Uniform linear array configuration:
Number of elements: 24
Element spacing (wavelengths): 0.5
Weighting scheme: kaiser
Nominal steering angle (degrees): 60
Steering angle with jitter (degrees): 59.509
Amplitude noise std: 0.05
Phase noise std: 0.05

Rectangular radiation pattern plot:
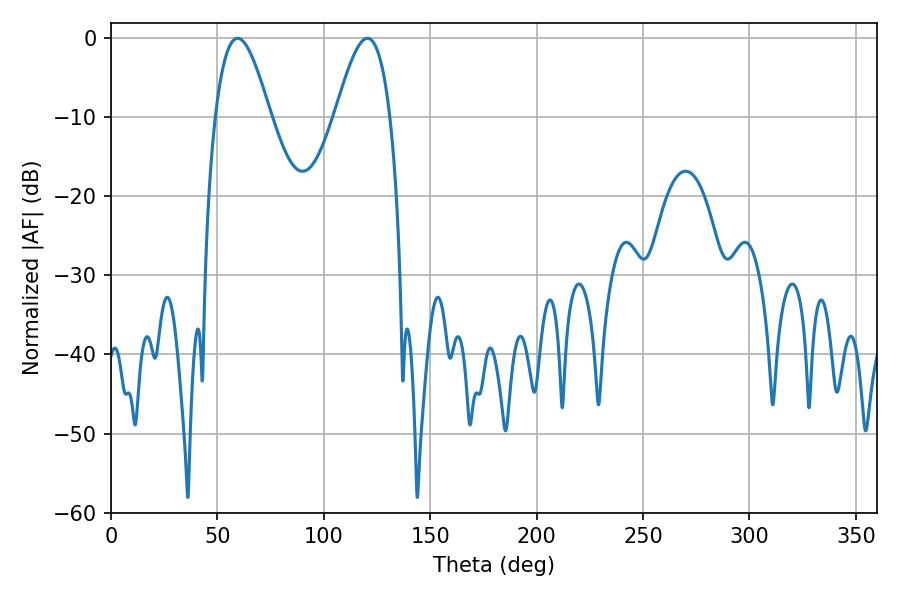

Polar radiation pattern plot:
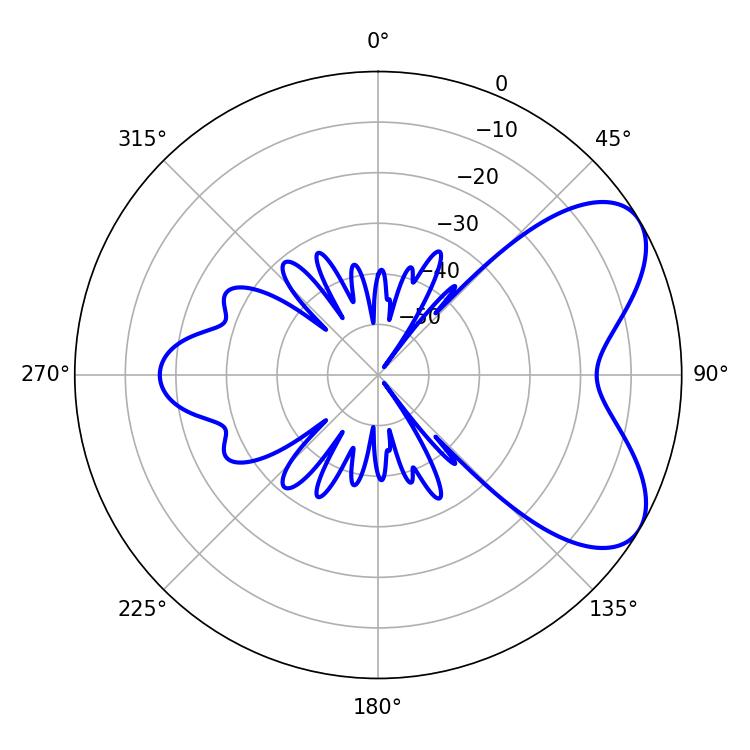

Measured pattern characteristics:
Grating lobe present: FALSE
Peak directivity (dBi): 6.341
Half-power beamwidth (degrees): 13.86
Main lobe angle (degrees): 59.4